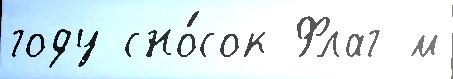
году сно́сок Флаг м